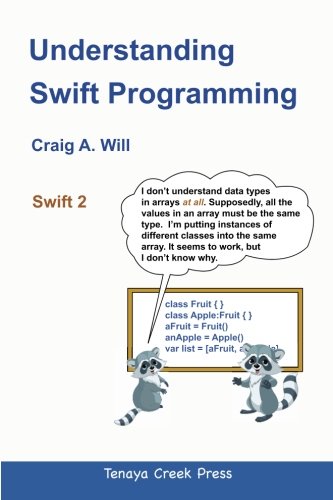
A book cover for Understanding Swift Programming; Craig A. Will; Computers & Technology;